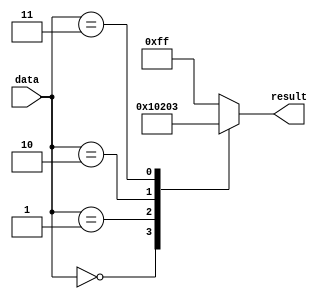
module unique_case_statement (
  input wire [3:0] data,
  output reg [7:0] result
);

always @(*)
begin
  case(data)
    4'b0000: result = 8'b00000000; // case condition 1
    4'b0001: result = 8'b00000001; // case condition 2
    4'b0010: result = 8'b00000010; // case condition 3
    4'b0011: result = 8'b00000011; // case condition 4
    // more unique case conditions can be added here
    default: result = 8'b11111111; // default case condition
  endcase
end

endmodule